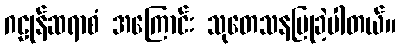
ဂဠုန်ဆရာစံ အကြောင်း သုတေသနပြုခဲ့ပါတယ်။